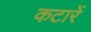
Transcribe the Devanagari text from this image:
कटारें